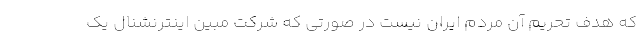
که هدف تحریم آن مردم ایران نیست در صورتی که شرکت مبین اینترنشنال یک